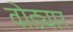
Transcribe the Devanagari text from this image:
वोड्यार